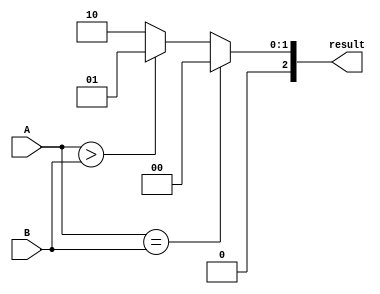
module comparator (
    input [1:0] A,
    input [1:0] B,
    output reg [2:0] result
);

always @(*)
begin
    if (A == B) begin
        result = 3'b000; // A is equal to B
    end else if (A > B) begin
        result = 3'b001; // A is greater than B
    end else begin
        result = 3'b010; // A is less than B
    end
end

endmodule